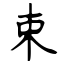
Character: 束